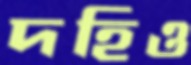
দহিও